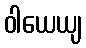
ဝါယေယျ